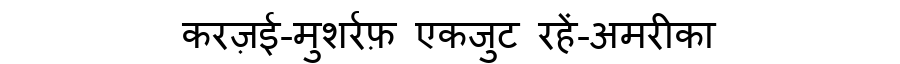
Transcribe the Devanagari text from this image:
करज़ई-मुशर्रफ़ एकजुट रहें-अमरीका